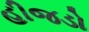
હીજડો